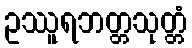
ဥဿူရဘတ္တသုတ္တံ